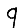
Digit: 9